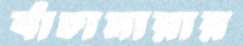
বাঁচামারার